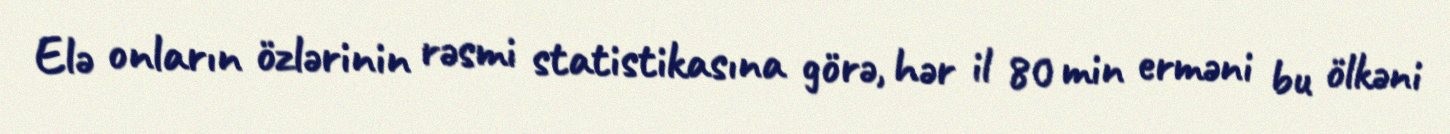
Elə onların özlərinin rəsmi statistikasına görə, hər il 80 min erməni bu ölkəni